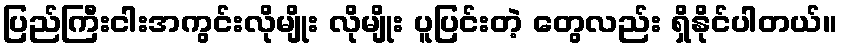
ပြည်ကြီးငါးအကွင်းလိုမျိုး လိုမျိုး ပူပြင်းတဲ့ တွေလည်း ရှိနိုင်ပါတယ်။